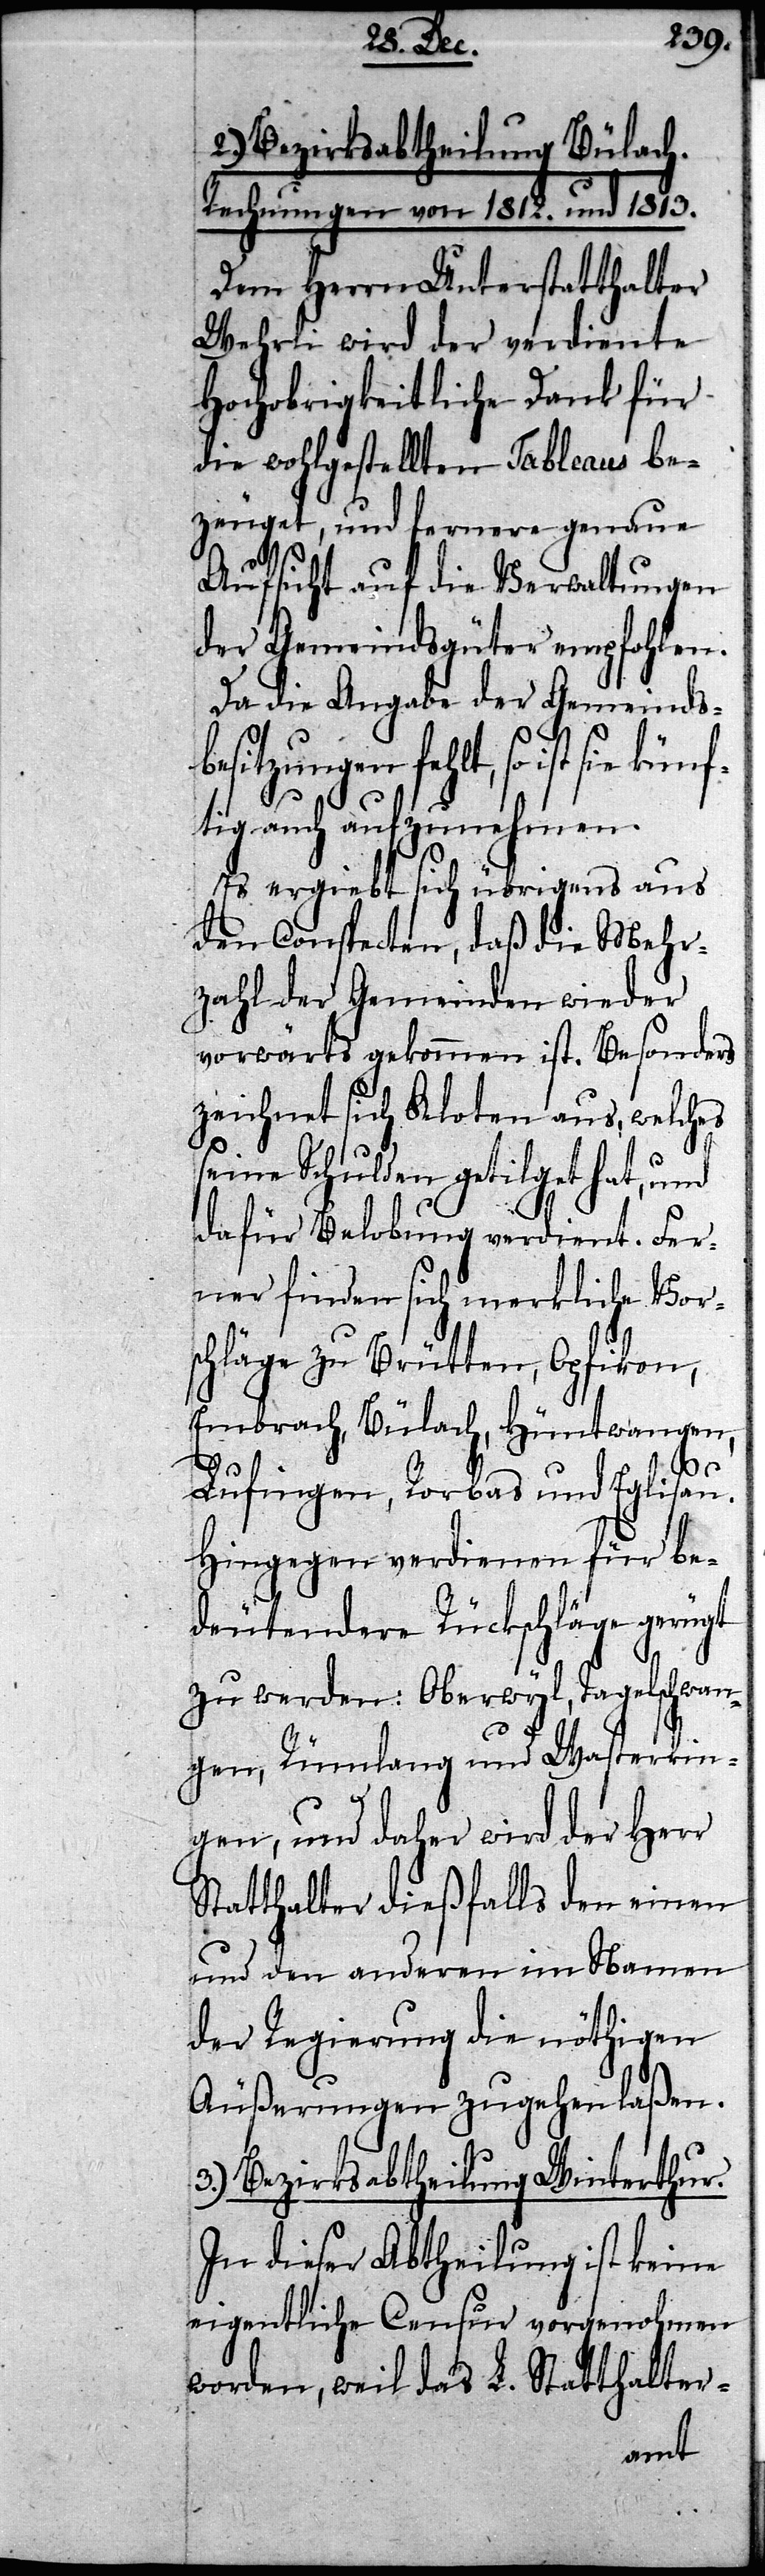
2.) Bezirksabtheilung Bülach.
Rechnungen von 1812. und 1813.
Dem Herrn Unterstatthalter
Wehrli wird der verdiente
Hochobrigkeitliche Dank für
die wohlgestellten Tableaus be¬
zeuget, und fernere genaue
Aufsicht auf die Verwaltungen
der Gemeindsgüter empfohlen.
Da die Angabe der Gemeinds¬
besitzungen fehlt, so ist sie
tig auch aufzunehmen.
Es ergiebt sich übrigens aus
den Conspecten, daß die Mehr¬
zahl der Gemeinden wieder
vorwärts gekommen ist. Besonders
zeichnet sich Kloten aus, welches
seine Schulden getilget hat, und
dafür Belobung verdient. Fer¬
ner finden sich merkliche Vor¬
schläge zu Brütten, Opfikon,
Embrach, Bülach, Hüntwangen,
künf¬
Lufingen, Rorbas und Eglisau.
Hingegen verdienen für be¬
deutendere Rückschläge gerügt
zu werden: Oberwyl, Tagelschwan¬
gen, Rümlang und Wasterkin¬
gen, und daher wird der Herr
Statthalter dießfalls den einen
und den anderen im Namen
der Regierung die nöthigen
Äußerungen zugehen laßen.
3.) Bezirksabtheilung Winterthur.
In dieser Abtheilung ist keine
eigentliche Censur vorgenohmen
worden, weil das L. Statthalter-